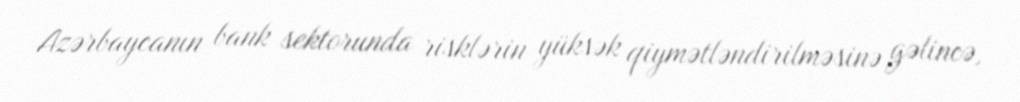
Azərbaycanın bank sektorunda risklərin yüksək qiymətləndirilməsinə gəlincə,